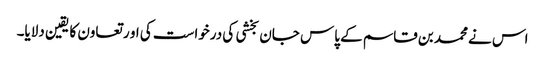
اس نے محمد بن قاسم کے پاس جان بخشی کی درخواست کی او ر تعاون کا یقین دلایا۔